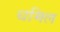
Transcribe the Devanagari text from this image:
धमिल